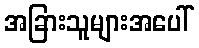
အခြားသူများအပေါ်